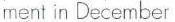
ment in December